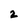
Character: 2